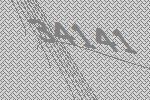
34141